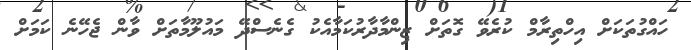
ހައްގުތަކަށް އިހްތިރާމް ކުރެވޭ ގޮތަށް ޒިންމާދާރުކަމާއެކު ގެނެސްދޭ މައުލޫމާތަށް ވާން ޖެހޭނެ ކަމަށް